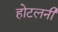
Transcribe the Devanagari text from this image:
होटलनी